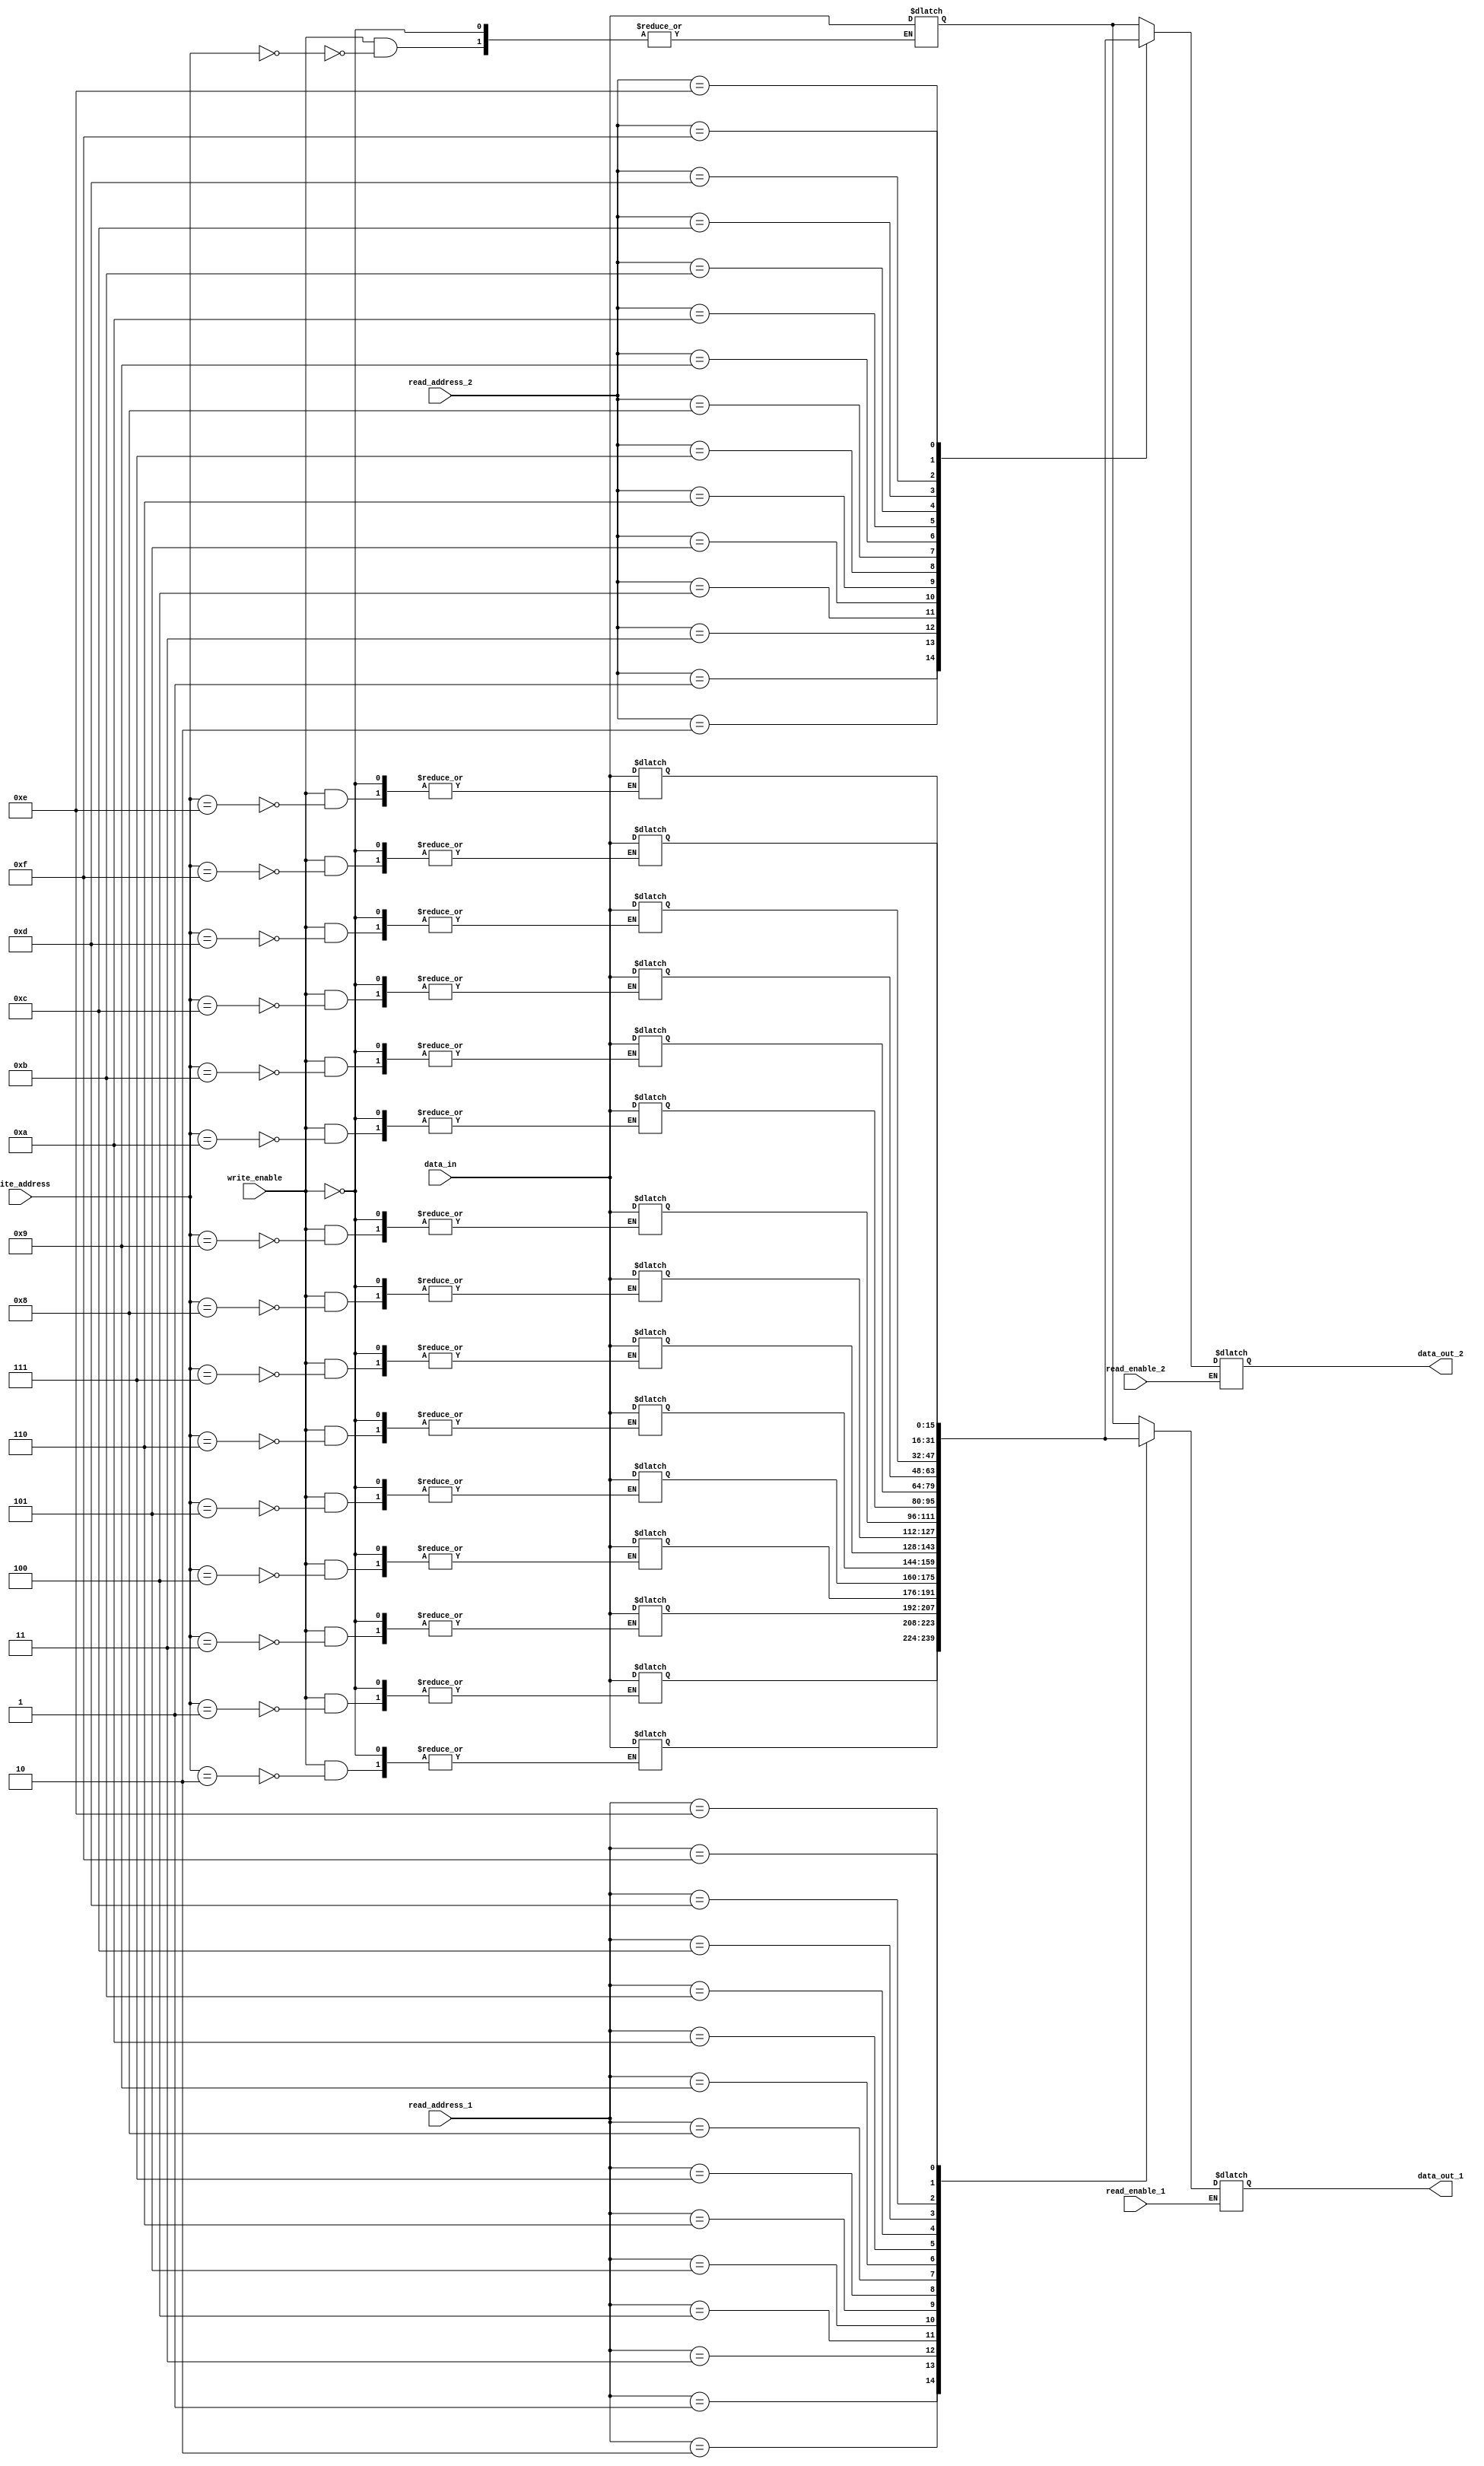
module CircularRegisterFile (
input [15:0] data_in,
input [3:0] write_address,
input [3:0] read_address_1,
input [3:0] read_address_2,
input write_enable,
input read_enable_1,
input read_enable_2,
output reg [15:0] data_out_1,
output reg [15:0] data_out_2
);

reg [15:0] memory [15:0];

always @* begin
if(write_enable) begin
memory[write_address] <= data_in;
end

if(read_enable_1) begin
data_out_1 <= memory[read_address_1];
end

if(read_enable_2) begin
data_out_2 <= memory[read_address_2];
end
end

endmodule